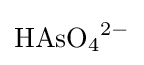
{\ce {HAsO4^2-}}